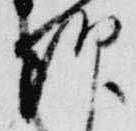
朝